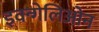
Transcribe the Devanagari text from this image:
इवन्गेलिओन